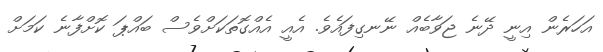
އަހަރެން އިނީ ދޭނެ ޖަވާބެއް ނޭނގިފައެވެ. އެއީ އެއްގޮތަކަށްވެސް ބައްޕަ ކޮށްފާނެ ކަމަށް